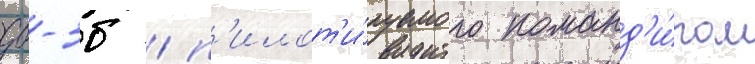
дб-3б / п'илот'и́руемого команд'и́ром